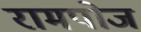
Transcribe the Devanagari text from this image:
रामपोज